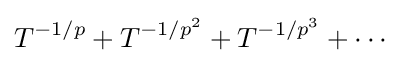
T^{-1/p}+T^{-1/p^{2}}+T^{-1/p^{3}}+\cdots